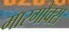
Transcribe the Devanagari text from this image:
मारगौक्स